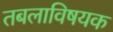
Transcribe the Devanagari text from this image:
तबलाविषयक